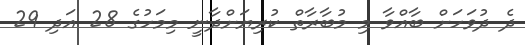
ދެ ދުވަހަށް ބާއްވާ މި މުބާރާތް ކުރިޔަށްދާނީ މިމަހުގެ 28 އަދި 29